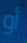
أو